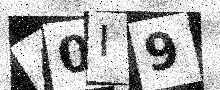
Text: 40I9